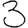
Digit: 3